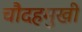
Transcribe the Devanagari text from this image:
चौदहमुखी